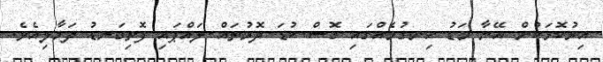
އިރުކޮޅަކުން އޭނާ މަޑު ހިނގުމެއްގައި ގޮސް ކުޑަ ދޮރުތައް ލައްޕައި ފޮތިގަނޑު ދަމާލިއެވެ.